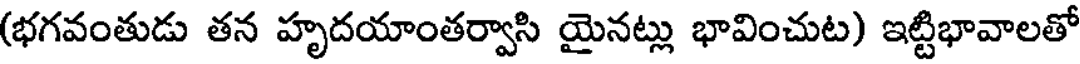
(భగవంతుడు తన హృదయాంతర్వాసి యైనట్లు భావించుట) ఇట్టిభావాలతో